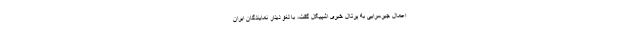
اعمال جیرسرایی به پرتال خبری اشپیگل گفت، با لغو دیدار نمایندگان ایران